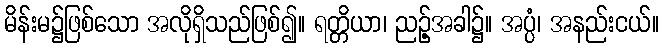
မိန်းမ၌ဖြစ်သော အလိုရှိသည်ဖြစ်၍။ ရတ္တိယာ၊ ညဉ့်အခါ၌။ အပ္ပံ၊ အနည်းငယ်။